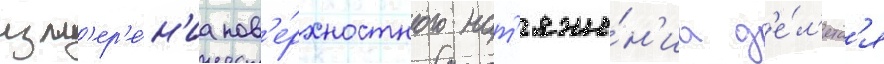
изм'ер'е́н'иа пов'е́рхностного нат'яже́н'иа д'е́л'ятс'я